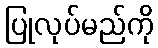
ပြုလုပ်မည်ကို